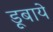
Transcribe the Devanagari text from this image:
डूबाये